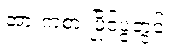
အားကစားပြိုင်ပွဲတွင်